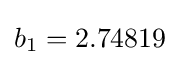
b_{1}=2.74819